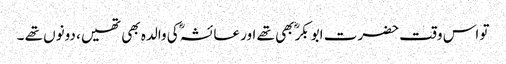
تو اس وقت حضرت ابوبکرؓ بھی تھے اور عائشہؓ کی والدہ بھی تھیں، دونوں تھے ۔